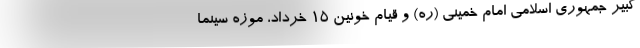
کبیر جمهوری اسلامی امام خمینی (ره) و قیام خونین ۱۵ خرداد، موزه سینما